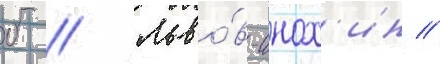
б // Льво́в-анох'ин //